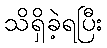
သိရှိခဲ့ရပြီး